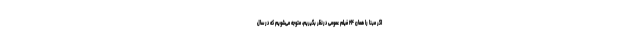
اگر مبنا را همان ۲۴ فیلم عمومی درنظر بگیریم، متوجه می‌شویم که در سال